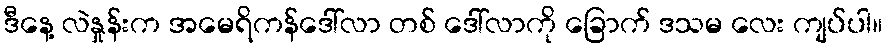
ဒီနေ့ လဲနှုန်းက အမေရိကန်ဒေါ်လာ တစ် ဒေါ်လာကို ခြောက် ဒသမ လေး ကျပ်ပါ။